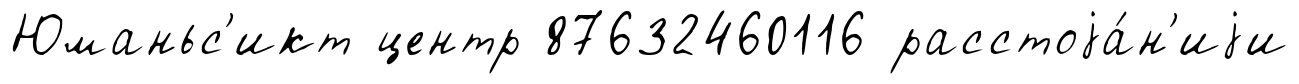
Юманьс'икт центр 87632460116 расстоjа́н'иjи